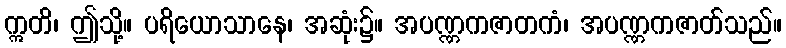
ဣတိ၊ ဤသို့။ ပရိယောသာနေ၊ အဆုံး၌။ အပဏ္ဏကဇာတကံ၊ အပဏ္ဏကဇာတ်သည်။